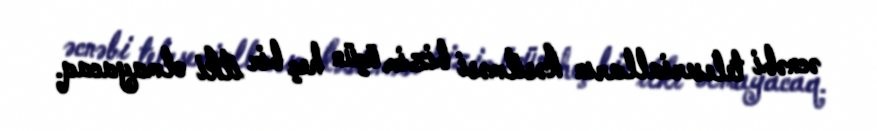
əcnəbi teleserialların kəsilməsi bizim üçün heç bir itki olmayacaq.